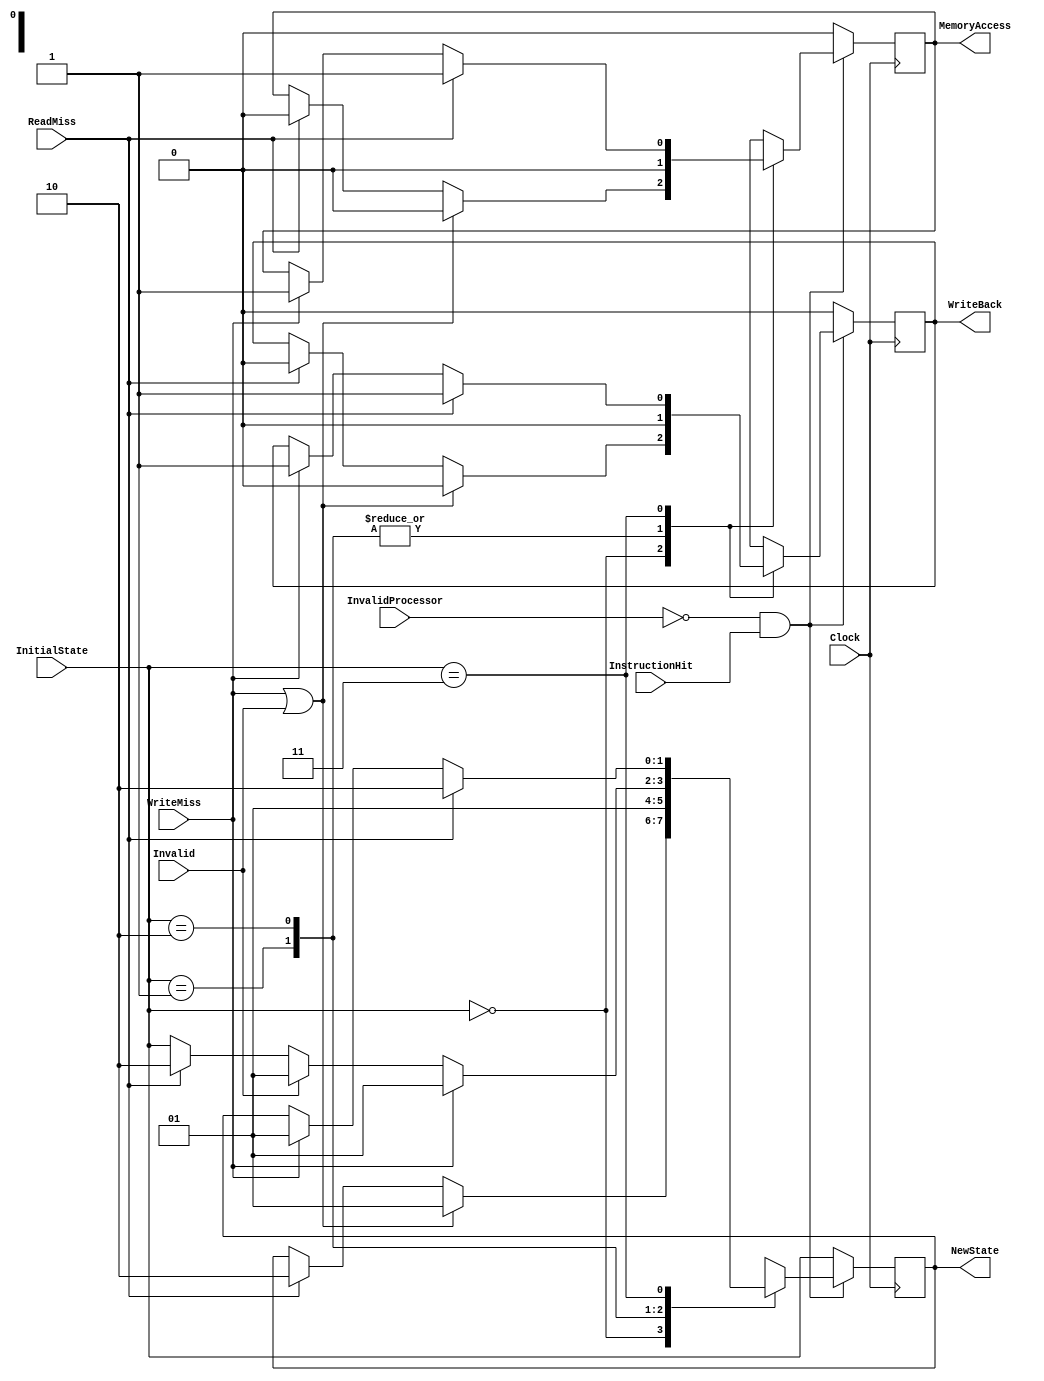
module MaquinaSecundaria(Clock, InvalidProcessor, InstructionHit, InitialState, ReadMiss, WriteMiss, Invalid, WriteBack, MemoryAccess, NewState);
	input Clock, InvalidProcessor, InstructionHit;
	input ReadMiss, WriteMiss, Invalid;
	output reg WriteBack, MemoryAccess;
	output reg [1:0]NewState;
	input [1:0] InitialState;
	
	
	always@(posedge Clock) begin
		if(~InvalidProcessor & InstructionHit) begin
				case(InitialState)
					2'b00: begin
						if(ReadMiss) begin
							WriteBack = 0;
							MemoryAccess = 0;
							NewState = 2'b10;
						end
						if(WriteMiss || Invalid) begin
							WriteBack = 0;
							MemoryAccess = 0;
							NewState = 2'b01;
						end
					
					end
					2'b01: begin
						WriteBack = 0;
						MemoryAccess = 0;
						NewState = 2'b01;
					end
					2'b10: begin
						if(WriteMiss) begin
							WriteBack = 0;
							MemoryAccess = 0;
							NewState = 2'b01;
						end
						else
						if(Invalid) begin
							WriteBack = 0;
							MemoryAccess = 0;
							NewState = 2'b01;
						end
						else
						if(ReadMiss) begin
							WriteBack = 0;
							MemoryAccess = 0;
							NewState = 2'b10;
						end
						else begin
							WriteBack = 0;
							MemoryAccess = 0;
							NewState = InitialState;
						end
					end
					2'b11: begin
						if(WriteMiss) begin
							WriteBack = 1;
							MemoryAccess = 1;
							NewState = 2'b01;
						end
						if(ReadMiss) begin
							WriteBack = 1;
							MemoryAccess = 1;
							NewState = 2'b10;
						end
					end
				endcase
			end
			else begin
				WriteBack = 0;
				MemoryAccess = 0;
				NewState = InitialState;
			end
	end
endmodule